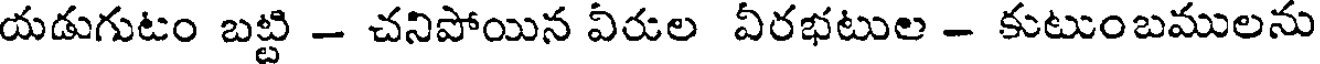
యడుగుటం బట్టి - చనిపోయిన వీరుల వీరభటుల - కుటుంబములను